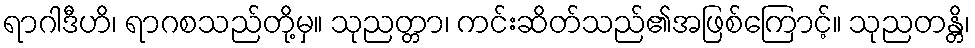
ရာဂါဒီဟိ၊ ရာဂစသည်တို့မှ။ သုညတ္တာ၊ ကင်းဆိတ်သည်၏အဖြစ်ကြောင့်။ သုညတန္တိ၊